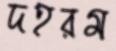
দহরম